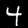
Digit: 4